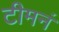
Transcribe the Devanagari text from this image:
टीमनं